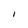
Character: I